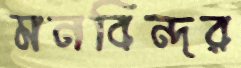
মনবিন্দর